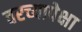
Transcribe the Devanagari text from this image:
वरच्यापेक्षा